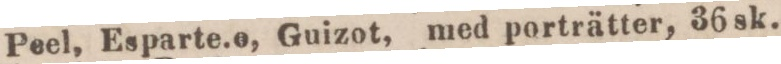
Peel, Esparte. o, Guizot, med porträtter, 36 sk.